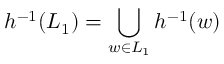
h ^ { - 1 } ( L _ { 1 } ) = \bigcup _ { w \in L _ { 1 } } h ^ { - 1 } ( w )